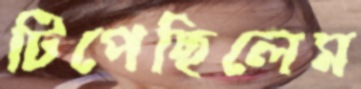
টিপেছিলেম